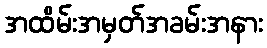
အထိမ်းအမှတ်အခမ်းအနား